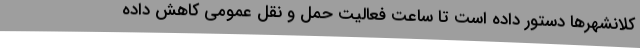
کلانشهرها دستور داده است تا ساعت فعالیت حمل و نقل عمومی کاهش داده